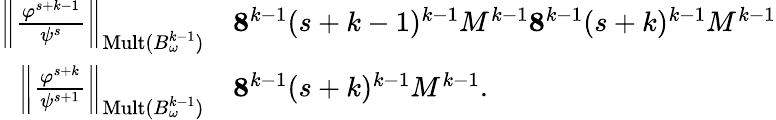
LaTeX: \begin{array}{rl}{\left\| \frac{\varphi^{s+k-1}}{\psi^{s}}\right\| _{\mathrm{Mult}(B_{\omega}^{k-1})}}&{\le 8^{k-1}(s+k-1)^{k-1}M^{k-1}\le 8^{k-1}(s+k)^{k-1}M^{k-1}}\\ {\left\| \frac{\varphi^{s+k}}{\psi^{s+1}}\right\| _{\mathrm{Mult}(B_{\omega}^{k-1})}}&{\le 8^{k-1}(s+k)^{k-1}M^{k-1}.}\end{array}